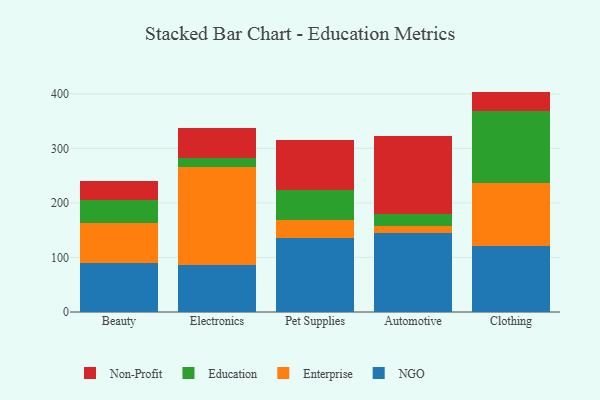
{"axis": {"x": "Category", "y": "Satisfaction Score"}, "legend": ["Education", "Enterprise", "NGO", "Non-Profit"], "data": [{"x": "Beauty", "y": 89.7, "type": "NGO"}, {"x": "Beauty", "y": 74.1, "type": "Enterprise"}, {"x": "Beauty", "y": 41.8, "type": "Education"}, {"x": "Beauty", "y": 34.9, "type": "Non-Profit"}, {"x": "Electronics", "y": 86.9, "type": "NGO"}, {"x": "Electronics", "y": 179.7, "type": "Enterprise"}, {"x": "Electronics", "y": 16.6, "type": "Education"}, {"x": "Electronics", "y": 54.9, "type": "Non-Profit"}, {"x": "Pet Supplies", "y": 136.3, "type": "NGO"}, {"x": "Pet Supplies", "y": 32.3, "type": "Enterprise"}, {"x": "Pet Supplies", "y": 55.6, "type": "Education"}, {"x": "Pet Supplies", "y": 90.6, "type": "Non-Profit"}, {"x": "Automotive", "y": 144.7, "type": "NGO"}, {"x": "Automotive", "y": 12.2, "type": "Enterprise"}, {"x": "Automotive", "y": 23.1, "type": "Education"}, {"x": "Automotive", "y": 143.4, "type": "Non-Profit"}, {"x": "Clothing", "y": 120.5, "type": "NGO"}, {"x": "Clothing", "y": 116.4, "type": "Enterprise"}, {"x": "Clothing", "y": 131.4, "type": "Education"}, {"x": "Clothing", "y": 35.9, "type": "Non-Profit"}]}